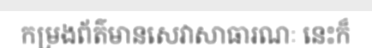
កម្រងព័ត៌មានសេវាសាធារណៈ នេះក៏